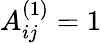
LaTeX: A_{ij}^{(1)}=1